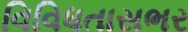
વિવિધતાસભર